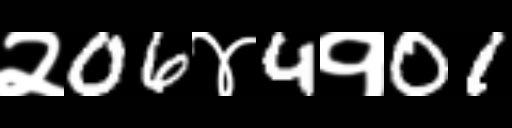
Text: २06४4१01